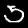
Label: 5